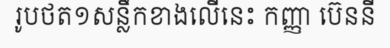
រូបថត១សន្លឹកខាងលើនេះ កញ្ញា ប៊េននី